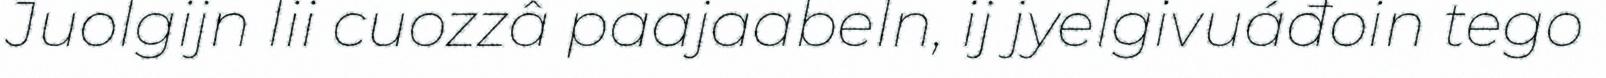
Juolgijn lii cuozzâ paajaabeln, ij jyelgivuáđoin tego